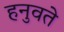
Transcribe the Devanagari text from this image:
हनुवते